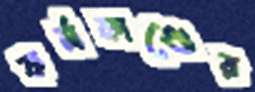
কর্মকাণ্ডের